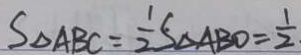
S _ { \Delta A B C } = \frac { 1 } { 2 } S _ { \Delta A B O } = \frac { 1 } { 2 }